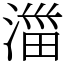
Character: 湽